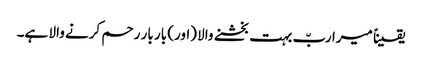
یقیناً میرا ربّ بہت بخشنے والا (اور) بار بار رحم کرنے والا ہے۔